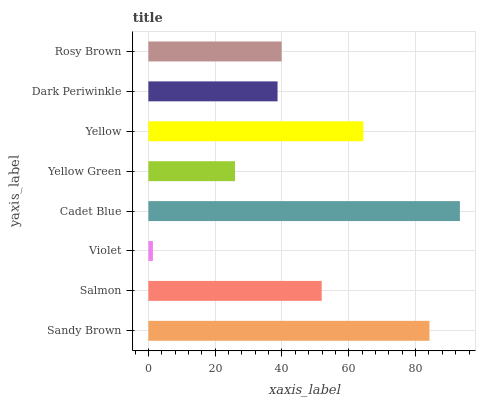
| yaxis_label | bars |
 | --- | --- |
 | Sandy Brown | 84.2 |
 | Salmon | 51.9 |
 | Violet | 1.36 |
 | Cadet Blue | 93.3 |
 | Yellow Green | 25.9 |
 | Yellow | 64.4 |
 | Dark Periwinkle | 38.7 |
 | Rosy Brown | 39.9 |